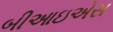
બીઆઇએસ